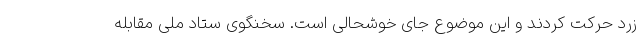
زرد حرکت کردند و این موضوع جای خوشحالی است. سخنگوی ستاد ملی مقابله